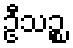
ဦသဉ္စ